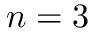
n = 3